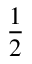
\frac { 1 } { 2 }